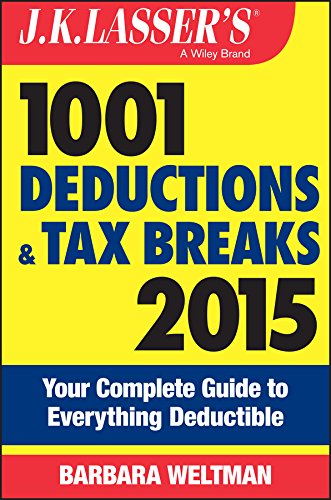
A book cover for J.K. Lasser's 1001 Deductions and Tax Breaks 2015: Your Complete Guide to Everything Deductible; Barbara Weltman; Law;